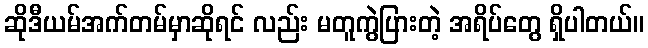
ဆိုဒီယမ်အက်တမ်မှာဆိုရင် လည်း မတူကွဲပြားတဲ့ အရိပ်တွေ ရှိပါတယ်။